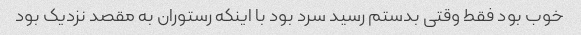
خوب بود فقط وقتی بدستم رسید سرد بود با اینکه رستوران به مقصد نزدیک بود